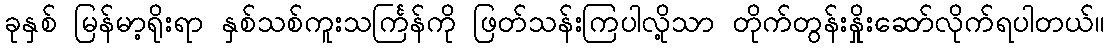
ခုနှစ် မြန်မာ့ရိုးရာ နှစ်သစ်ကူးသင်္ကြန်ကို ဖြတ်သန်းကြပါလို့သာ တိုက်တွန်းနှိုးဆော်လိုက်ရပါတယ်။